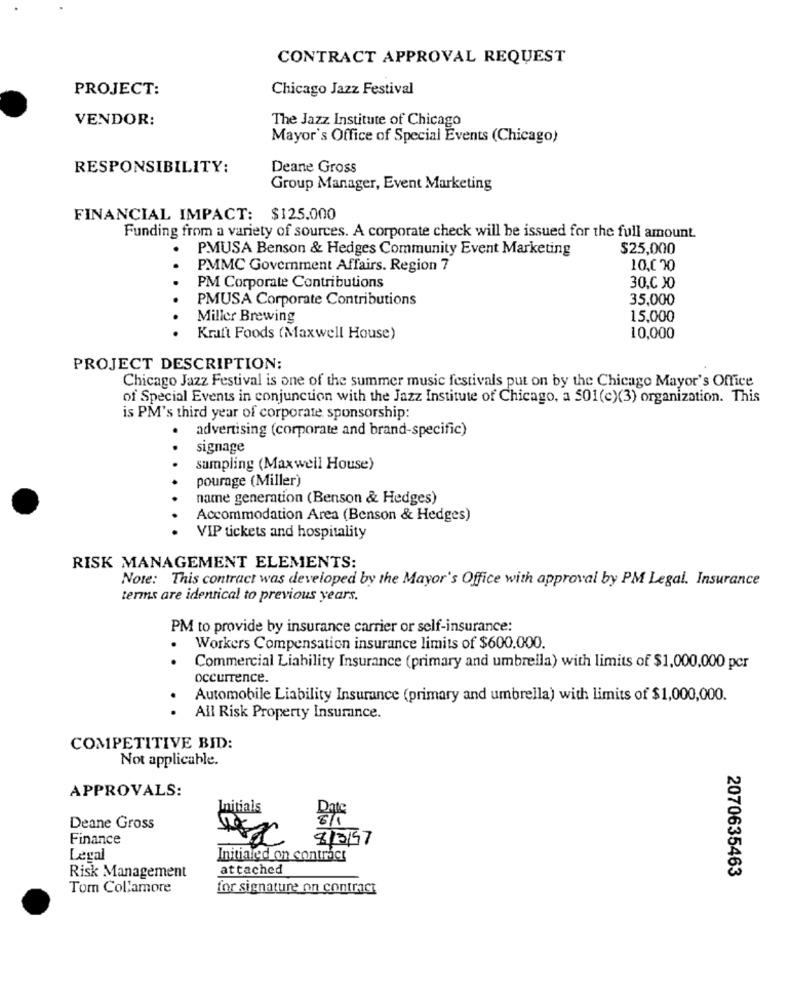
CONTRACT APPROVAL REQUEST
PROJECT:
Chicago Jazz Festival
VENDOR:
The Jazz Institute of Chicago
Mayor's Office of Special Events (Chicago)
RESPONSIBILITY:
Deane Gross
Group Manager, Event Marketing
FINANCIAL IMPACT: $125.000
Funding from a variety of sources. A corporate check will be issued for the full amount.
P.MUSA Benson & Hedges Community Event Marketing
$25,000
..
PMMC Government Affairs. Region 7
10,070
PM Corporate Contributions
30.C JO
PMUSA Corporate Contributions
35,000
Miller Brewing
15,000
Kraft Foods (Maxwell House)
10,000
PROJECT DESCRIPTION:
Chicago Jazz Festival is one of the summer music festivals put on by the Chicago Mayor's Office
of Special Events in conjunction with the Jazz Institute of Chicago, a 501(c)(3) organization. This
is PM's third year of corporate sponsorship:
.
advertising (corporate and brand-specific)
signage
sampling (Maxwell House)
pourage (Miller)
name generation (Benson & Hedges)
Accommodation Area (Benson & Hedges)
VIP tickets and hospitality
RISK MANAGEMENT ELEMENTS:
Note: This contract was developed by the Mayor's Office with approval by PM Legal. Insurance
terms are identical to previous years.
PM to provide by insurance carrier or self-insurance:
Workers Compensation insurance limits of $600.000.
Commercial Liability Insurance (primary and umbrella) with limits of $1,000,000 pcr
occurrence.
Automobile Liability Insurance (primary and umbrella) with limits of $1,000,000.
All Risk Property Insurance.
COMPETITIVE BID:
Not applicable.
APPROVALS:
Initials
Date
Deane Gross
Finance
8/2/57
Legal
Initialed on contract
Risk Management
attached
2070635463
Tom Col'amore
for signature on contract